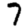
Digit: 7